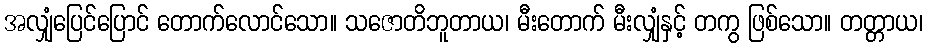
အလျှံပြေင်ပြောင် တောက်လောင်သော။ သဇောတိဘူတာယ၊ မီးတောက် မီးလျှံနှင့် တကွ ဖြစ်သော။ တတ္တာယ၊